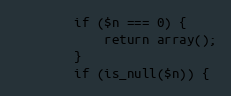
Language: PHP
        if ($n === 0) {
            return array();
        }
        if (is_null($n)) {